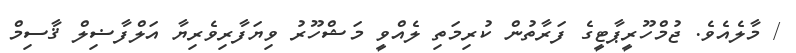
/ މާލެއެވެ. ޖުމްހޫރީޕާޓީގެ ފަރާތުން ކުރިމަތި ލެއްވީ މަޝްހޫރު ވިޔަފާރިވެރިޔާ އަލްފާޟިލް ޤާސިމް